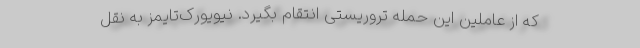
که از عاملین این حمله تروریستی انتقام بگیرد. نیویورک‌تایمز به نقل